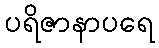
ပရိဇာနာပရေ